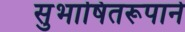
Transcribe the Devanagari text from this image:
सुभाषितरूपाने